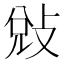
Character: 𭣳